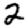
Digit: 2